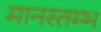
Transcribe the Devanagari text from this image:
मानस्तम्भ